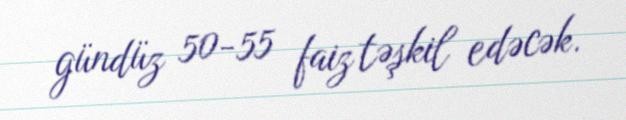
gündüz 50-55 faiz təşkil edəcək.